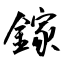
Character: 鎵